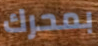
بمحرك